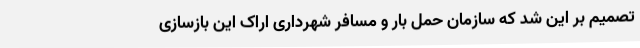
تصمیم بر این شد که سازمان حمل بار و مسافر شهرداری اراک این بازسازی